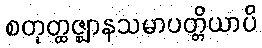
စတုတ္ထဇ္ဈာနသမာပတ္တိယာပိ